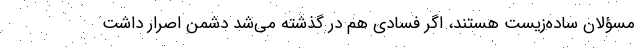
مسؤلان ساده‌زیست هستند، اگر فسادی هم در گذشته می‌شد دشمن اصرار داشت